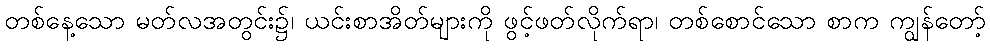
တစ်နေ့သော မတ်လအတွင်း၌၊ ယင်းစာအိတ်များကို ဖွင့်ဖတ်လိုက်ရာ၊ တစ်စောင်သော စာက ကျွန်တော့်